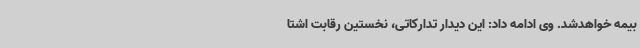
بیمه خواهدشد. وی ادامه داد: این دیدار تدارکاتی، نخستین رقابت اشتا